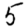
Digit: 5